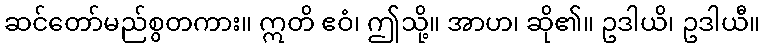
ဆင်တော်မည်စွတကား။ ဣတိ ဧဝံ၊ ဤသို့။ အာဟ၊ ဆို၏။ ဥဒါယိ၊ ဥဒါယီ။